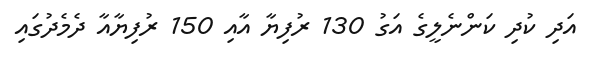
އަދި ކުދި ކަންނެލީގެ އަގު 130 ރުފިޔާ އާއި 150 ރުފިޔާއާ ދެމެދުގައި